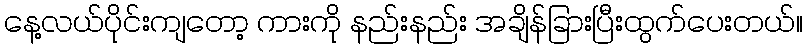
နေ့လယ်ပိုင်းကျတော့ ကားကို နည်းနည်း အချိန်ခြားပြီးထွက်ပေးတယ်။